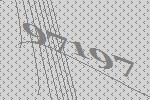
97197